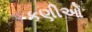
કણીઓ